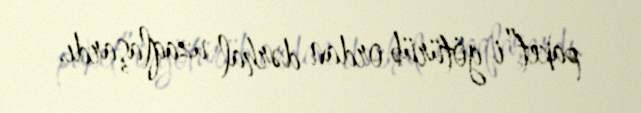
paket”i götürüb ordan dərhal uzaqlaşardı.